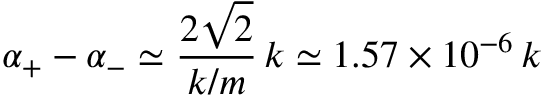
\alpha _ { + } - \alpha _ { - } \simeq \frac { 2 \sqrt { 2 } } { k / m } \, k \simeq 1 . 5 7 \times 1 0 ^ { - 6 } \, k